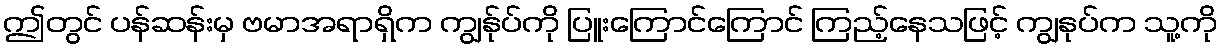
ဤတွင် ပန်ဆန်းမှ ဗမာအရာရှိက ကျွန်ုပ်ကို ပြူးကြောင်ကြောင် ကြည့်နေသဖြင့် ကျွနုပ်က သူ့ကို